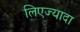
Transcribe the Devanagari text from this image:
लिएज्यादा